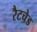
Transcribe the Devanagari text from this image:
रैटचेड